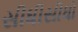
સીધીસીધો